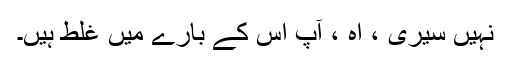
نہیں سیری ، اہ ، آپ اس کے بارے میں غلط ہیں۔